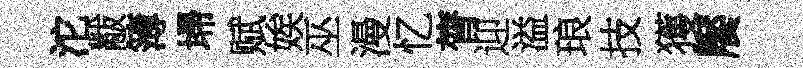
沱黻簿埽赋娭巫漫忆膂迎溢琅技獲饜